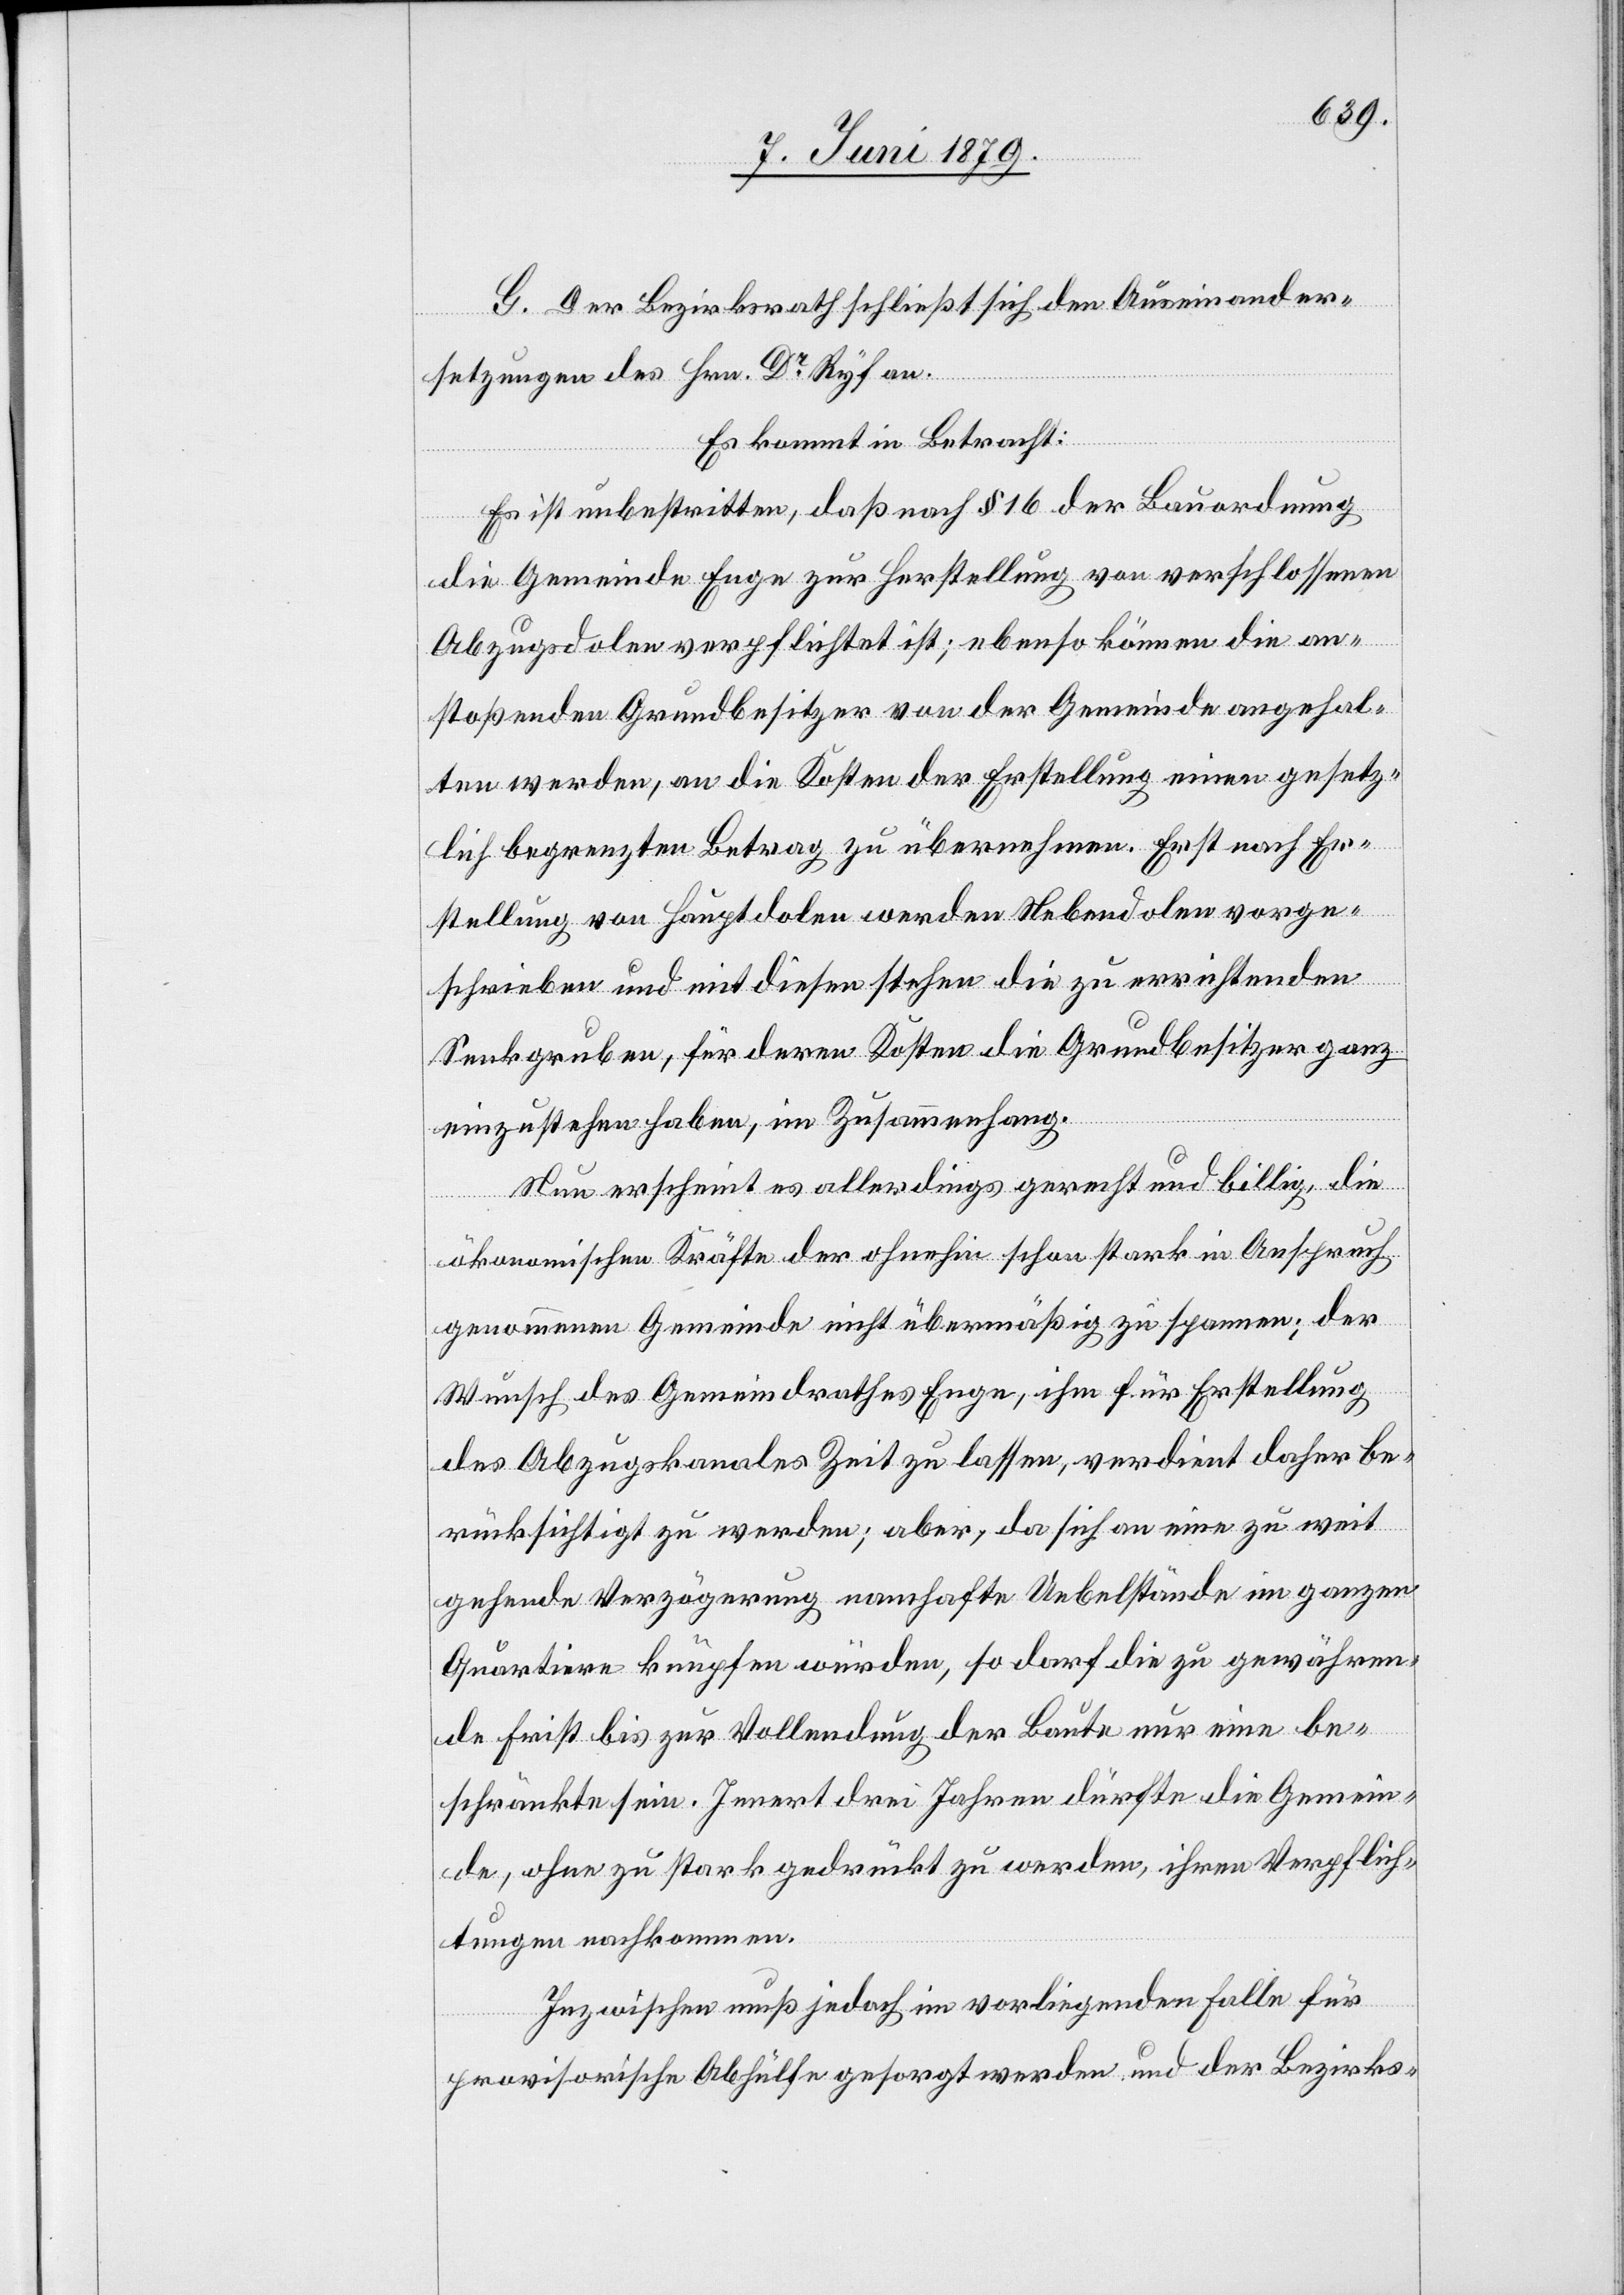
G. Der Bezirksrath schließt sich den Auseinander¬
setzungen des Hrn. Dr Ryf an.
Es kommt in Betracht:
Es ist unbestritten, daß nach § 16 der Bauordnung
die Gemeinde Enge zur Herstellung von verschlossenen
Abzugsdolen verpflichtet ist; ebenso können die an¬
stoßenden Grundbesitzer von der Gemeinde angehal¬
ten werden, an die Kosten der Erstellung einen gesetz¬
lich begrenzten Betrag zu übernehmen. Erst nach Er¬
stellung von Hauptdolen werden Nebendolen vorge¬
schrieben und mit dieser stehen die zu errichtenden
Senkgruben, für deren Kosten die Grundbesitzer ganz
einzustehen haben, im Zusammenhang.
Nun erscheint es allerdings gerecht und billig, die
ökonomischen Kräfte der ohnehin schon stark in Anspruch
genommenen Gemeinde nicht übermäßig zu spannen; der
Wunsch des Gemeindrathes Enge, ihm für Erstellung
des Abzugskanales Zeit zu lassen, verdient daher be¬
rücksichtigt zu werden; aber, da sich an eine zu weit
gehende Verzögerung namhafte Uebelstände im ganzen
Quartiere knüpfen würden, so darf die zu gewähren¬
de Frist bis zur Vollendung der Baute nur eine be¬
schränkte sein. Innert drei Jahren dürfte die Gemein¬
de, ohne zu stark gedrückt zu werden, ihren Verpflich¬
tungen nachkommen.
Inzwischen muß jedoch im vorliegenden Falle für
provisorische Abhülfe gesorgt werden und der Bezirks-